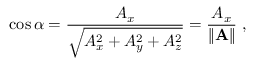
\cos \alpha = { \frac { A _ { x } } { \sqrt { A _ { x } ^ { 2 } + A _ { y } ^ { 2 } + A _ { z } ^ { 2 } } } } = { \frac { A _ { x } } { \| \mathbf { A } \| } } \ ,